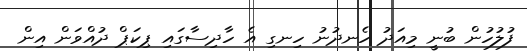
ފުލުހުން ބުނީ މިއަދު ހެނދުނު ހިނގި އެ ހާދިސާގައި ޕިކަޕް ދުއްވަން އިން